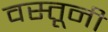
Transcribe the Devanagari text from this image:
वस्तूनी